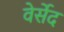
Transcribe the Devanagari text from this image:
वेर्सेद